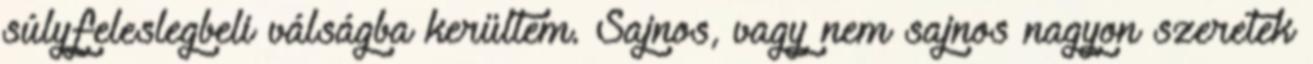
súlyfeleslegbeli válságba kerültem. Sajnos, vagy nem sajnos nagyon szeretek